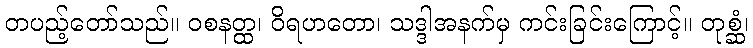
တပည့်တော်သည်။ ဝစနတ္ထ၊ ဝိရဟတော၊ သဒ္ဒါအနက်မှ ကင်းခြင်းကြောင့်။ တုစ္ဆံ၊